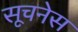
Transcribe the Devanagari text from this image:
सूचनेस